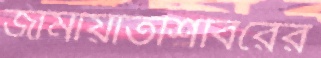
জামায়াতশিবিরের